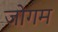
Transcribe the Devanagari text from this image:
जोगम